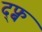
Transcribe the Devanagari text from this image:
द्फ्ब